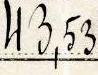
43,53